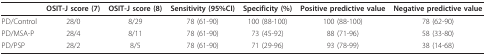
<table><thead><tr><td></td><td><b>OSIT-J score (7)</b></td><td><b>OSIT-J score (8)</b></td><td><b>Sensitivity (95%CI)</b></td><td><b>Specificity (%)</b></td><td><b>Positive predictive value</b></td><td><b>Negative predictive value</b></td></tr></thead><tbody><tr><td>PD/Control</td><td>28/0</td><td>8/29</td><td>78 (61-90)</td><td>100 (88-100)</td><td>100 (88-100)</td><td>78 (62-90)</td></tr><tr><td>PD/MSA-P</td><td>28/4</td><td>8/11</td><td>78 (61-90)</td><td>73 (45-92)</td><td>88 (71-96)</td><td>58 (33-80)</td></tr><tr><td>PD/PSP</td><td>28/2</td><td>8/5</td><td>78 (61-90)</td><td>71 (29-96)</td><td>93 (78-99)</td><td>38 (14-68)</td></tr></tbody></table>